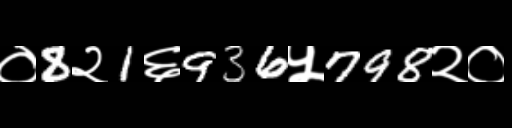
Text: ०8२1६936५798२०